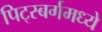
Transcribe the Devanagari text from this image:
पिट्स्बर्गमध्ये